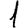
Digit: 1